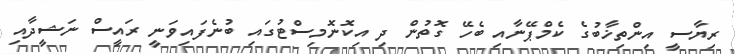
ރިޔާސީ އިންތިޚާބުގެ ކެމްޕޭނާއި ބެހޭ ގޮތުން ދި އިކޮނޮމިސްޓުގައި ބުނެފައިވަނީ ރައީސް ނަޝީދާއި